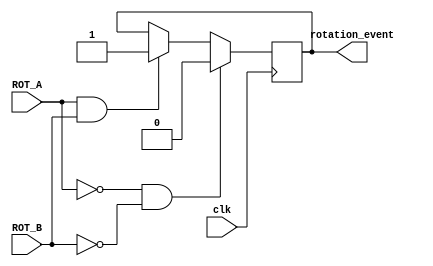
`timescale 1ns / 1ps
//////////////////////////////////////////////////////////////////////////////////
// Company: 
// Engineer: 
// 
// Design Name: 
// Module Name:    rotary_shaft 
// Project Name: 
// Target Devices: 
// Tool versions: 
// Description: 
//
// Dependencies: 
//
// Revision: 
// Revision 0.01 - File Created
// Additional Comments: 
//
//////////////////////////////////////////////////////////////////////////////////
module rotary_shaft(clk, ROT_A, ROT_B, rotation_event);
    //Inputs
    input clk, ROT_A, ROT_B;

    //Outputs
    output rotation_event;
    reg rotation_event;

    always @(posedge clk) begin
        if(ROT_A == 1 && ROT_B == 1) begin
            rotation_event <= 1;
        end
        if(ROT_A == 0 && ROT_B == 0) begin
            rotation_event <= 0;
        end
    end
endmodule